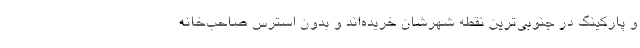
و پارکینگ در جنوبی‌ترین نقطه شهرشان خریده‌اند و بدون استرس صاحب‌خانه